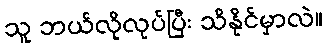
သူ ဘယ်လိုလုပ်ပြီး သိနိုင်မှာလဲ။